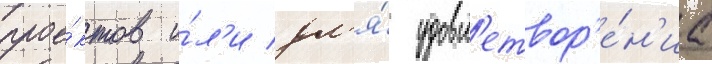
прое́ктов и́л'и дл'я́ удовл'етвор'е́н'иа